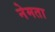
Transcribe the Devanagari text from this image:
नेमता